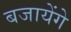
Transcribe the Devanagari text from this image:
बजायेंगे